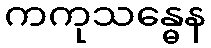
ကကုသန္ဓေန